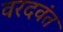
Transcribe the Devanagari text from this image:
वरदवंत